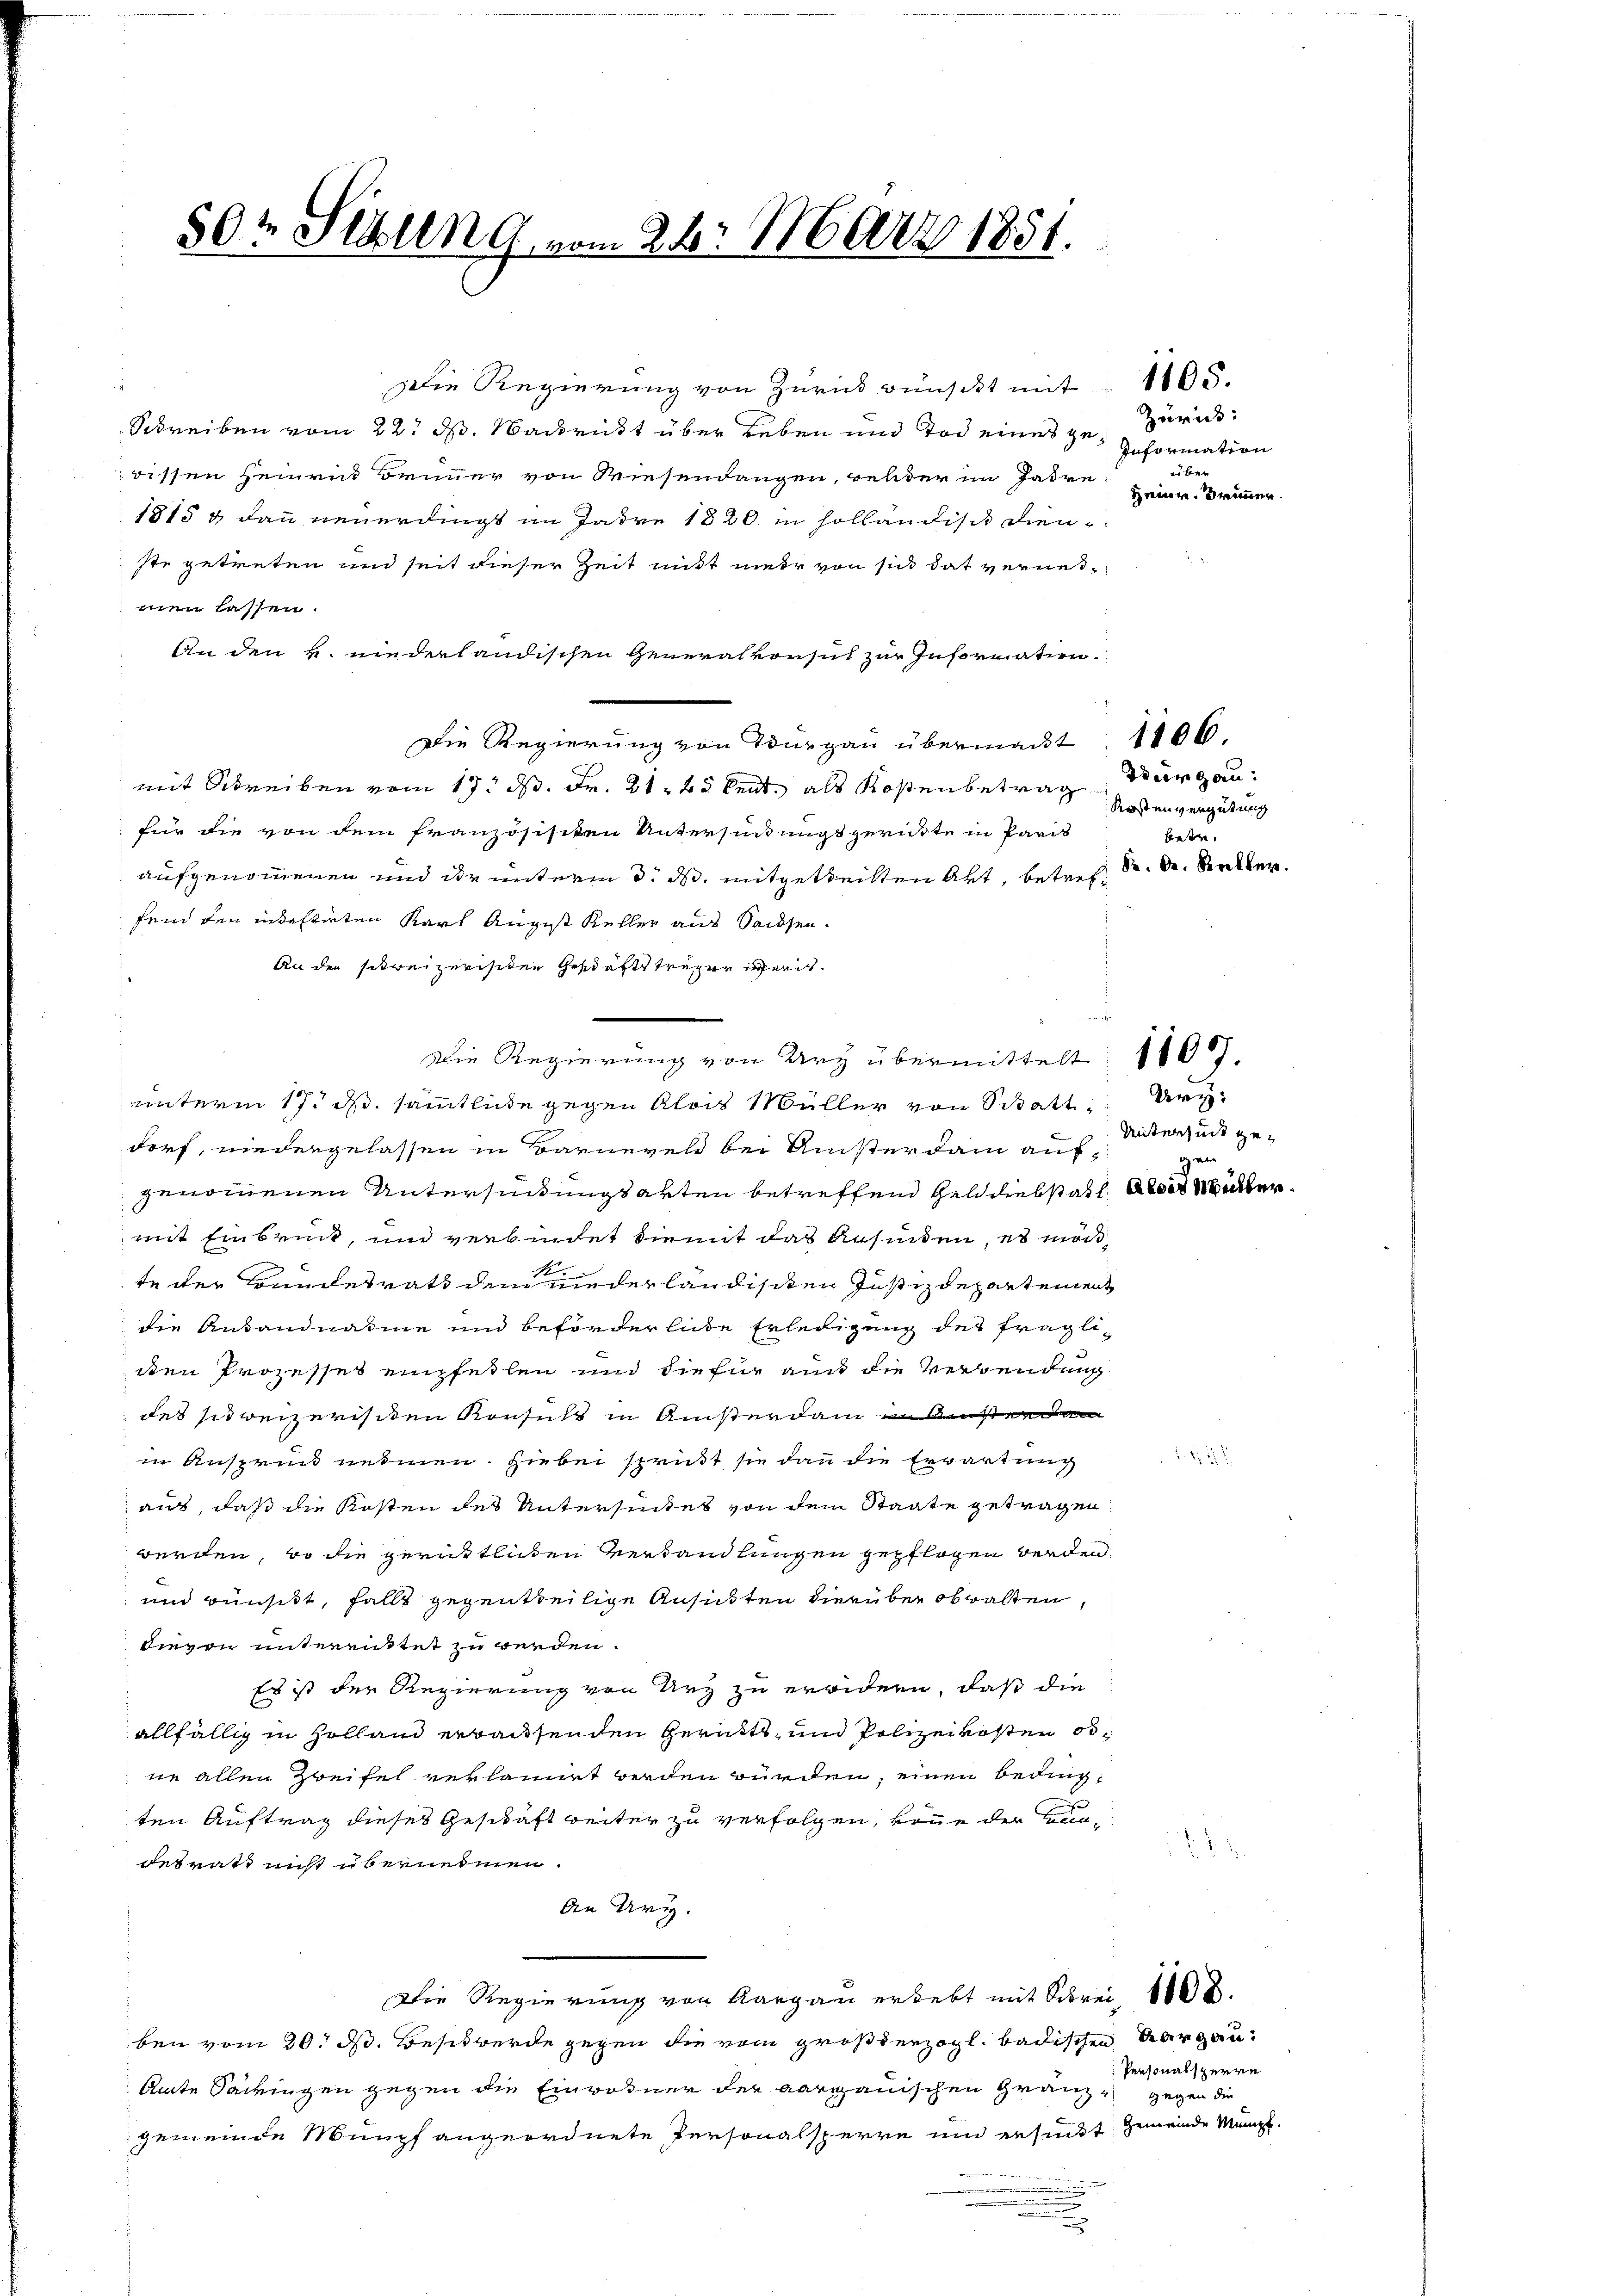
50r Sitzung vom 28. März 1851.

Die Regierung von Zurück wünscht mit
Schreiben vom 22. ds. Nachritt über Leben und Tod eines zu Zurückwissen Heinrück Brunner von Wiesendangen, welder im Jahre
1815 g dann neuerdingt im Jahre 1820 in Hollandisch dien-
ste getreten und seit dieser Zeit nit mehr von sich hat verweimen lassen.
An den u. niederländischen Generalkonsul zur Information.
Die Regierung von Thurgau übermacht
mit Schreiben vom 17. d. Fr. 21. 48 kent als Kostenbetrag
für die von dem französisiten Untersinnigt gerütte in Paris
 aufgenommenen und der unterm 3. ds. mitgetheilten Art, betreffein den intestirten Karl August Keller aus Sachsen¬
An der streizerisiten Geschaftsträger wardt.
unterm 17. d. sämmtliche gegen Alois Müller von Schatt, Urydorf, niedergelassen in Barnevels bei Anisterdam aufgenommenen Untersendungsarten betreffend Gelddiebstatt Alois Webermit Einbruck, und verbindet diemit das ansenden, es ma
te der Bundesrats dem niederländischen Justizdepartemen
die Antandnahme und beförderliche Erledigung des fraglidten Prozesses empfeilen und die für aus die Verwendung
des sitweizerischen Konsuls in Ansterdam in diesenda
in Anspruch nehmen. Hiebei sprickt sie dann die Erwartung
aus, daß die Kosten des Untersuches von dem Staate getragen
werden, wo die gerüstlichen Verhandlungen gepflogen werden
und wünscht, falls gegentheilige Ansisten hierüber obwalten,
dievon untereittet zu werden.
Es ist der Regierung von Urz zu erwidern, daß die
allfällig in Holland erwaisenden Gerütt, und Polizeikosten obne allen Zweifel verlangt werden würden, einen Bedingten Auftrag dieses Geschäft weiter zu verfolgen, könne der Bundesrath nicht übernehmen.
An Kry.
Die Regierung von Aargau erlebt mit Schrei 108.
ben vom 20. d. Besit werde gegen die vom großherzogl. badischen Aargau¬
Amte Semingen gegen die Einwohner der aargauischen Granz gegen die
gemeinde Munpfangeordnete Personalsperre und ersucht gemeinde Mänge.

Die Regierung von Ury übermittelt 1100.

1105.

Information
über
Heiner Brünner

1106.
Turgau:
Kostenvergütung
betre
K. A. Baller.

Untersuch gean

Personalsperre